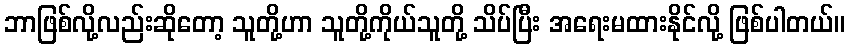
ဘာဖြစ်လို့လည်းဆိုတော့ သူတို့ဟာ သူတို့ကိုယ်သူတို့ သိပ်ပြီး အရေးမထားနိုင်လို့ ဖြစ်ပါတယ်။